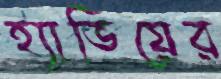
হ্যাভিয়ের